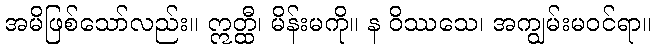
အမိဖြစ်သော်လည်း။ ဣတ္ထီ၊ မိန်းမကို။ န ဝိဿသေ၊ အကျွမ်းမဝင်ရာ။